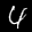
Label: 4